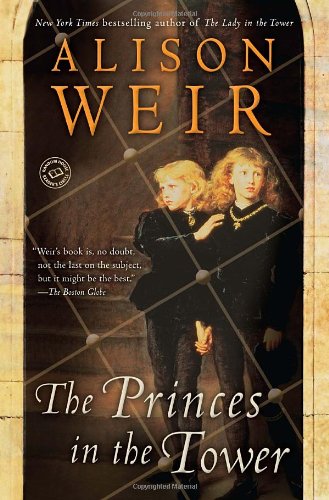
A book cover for The Princes in the Tower; Alison Weir; Biographies & Memoirs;